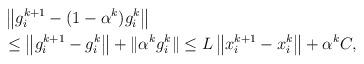
LaTeX: \begin{align*}\begin{aligned}&\left\| g_i^{k+1} - (1-\alpha^k)g_i^k\right\|\\&\leq \left\| g_i^{k+1} - g_i^k\right\|+\|\alpha^kg_i^k\|\leq L\left\| x_i^{k+1} - x_i^k\right\|+\alpha^kC,\end{aligned}\end{align*}